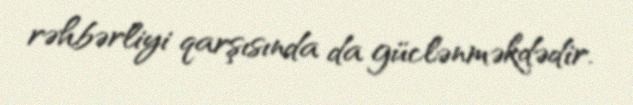
rəhbərliyi qarşısında da güclənməkdədir.